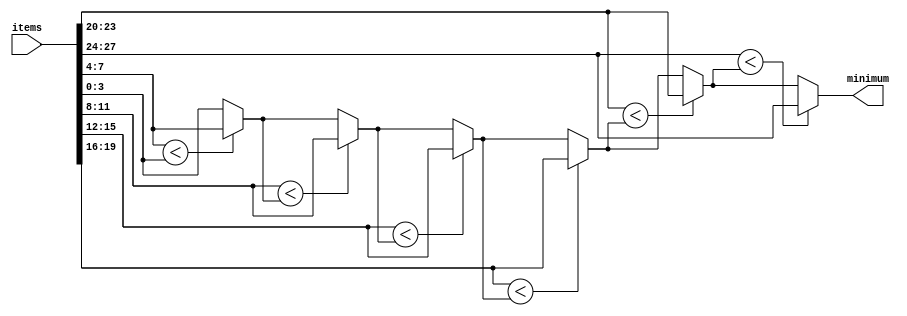
`timescale 1ps / 1ps
module findMinimum #(
    parameter NUM_ITEMS = 7,
    parameter ITEM_WIDTH = 4
) ( 
    input [NUM_ITEMS * ITEM_WIDTH - 1 : 0] items,
    output [ITEM_WIDTH - 1 : 0] minimum
);

wire [ITEM_WIDTH - 1 : 0] minimumAtIndex[0 : NUM_ITEMS - 1];
wire [ITEM_WIDTH - 1 : 0] individualItems[0 : NUM_ITEMS - 1];

genvar m;
generate
    for (m = 0; m < NUM_ITEMS; m = m + 1) begin:extractItems
        assign individualItems[m] = items[(m + 1) * ITEM_WIDTH - 1 : m * ITEM_WIDTH];
    end
endgenerate

genvar k;
generate
    for (k = 1; k < NUM_ITEMS; k = k + 1) begin:minimumFindingLoop
        assign minimumAtIndex[k] = (individualItems[k] < minimumAtIndex[k - 1]) ? individualItems[k] : minimumAtIndex[k - 1];
    end
    assign minimumAtIndex[0] = individualItems[0];
endgenerate

assign minimum = minimumAtIndex[NUM_ITEMS - 1];

endmodule